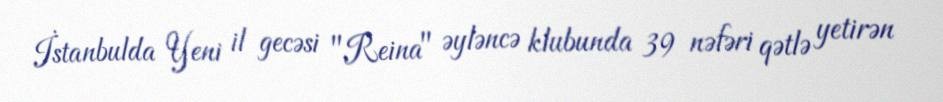
İstanbulda Yeni il gecəsi "Reina" əyləncə klubunda 39 nəfəri qətlə yetirən